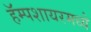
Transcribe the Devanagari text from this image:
हॅम्पशायरमध्ये